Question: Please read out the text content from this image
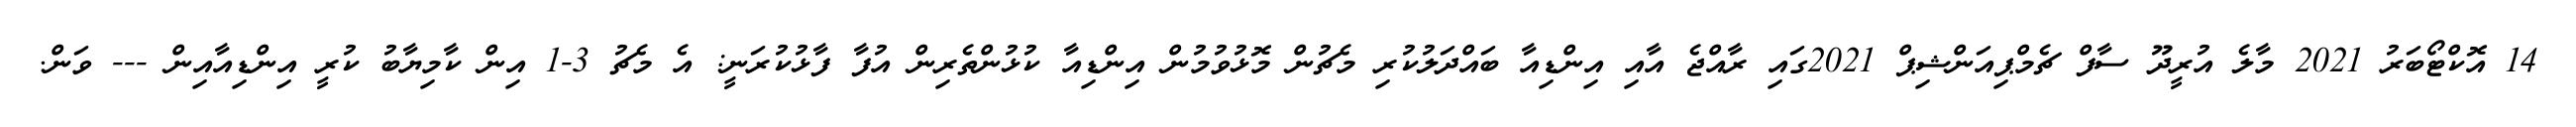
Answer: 14 އޮކްޓޯބަރު 2021 މާލެ އުރީދޫ ސާފް ޗެމްޕިއަންޝިޕް 2021ގައި ރާއްޖެ އާއި އިންޑިއާ ބައްދަލުކުރި މެޗުން މޮޅުވުމުން އިންޑިއާ ކުޅުންތެރިން އުފާ ފާޅުކުރަނީ: އެ މެޗު 3-1 އިން ކާމިޔާބު ކުރީ އިންޑިއާއިން --- ވަން.